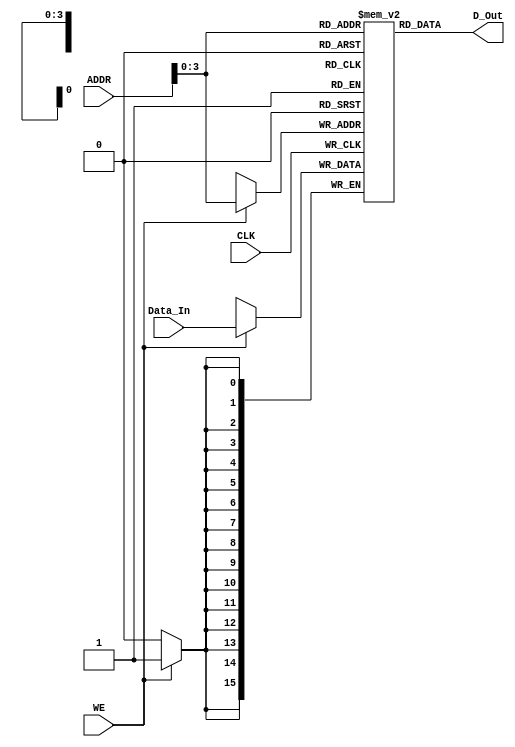
`timescale 1ns / 1ps
//////////////////////////////////////////////////////////////////////////////////
// Company: 
// Engineer: 
// 
// Design Name: 
// Module Name: RAM
// Project Name: 
// Target Devices: 
// Tool Versions: 
// Description: 
// 
// Dependencies: 
// 
// Revision:
// Revision 0.01 - File Created
// Additional Comments:
// 
//////////////////////////////////////////////////////////////////////////////////


module RAM(
    (* DONT_TOUCH = "TRUE" *) input CLK,
    (* DONT_TOUCH = "TRUE" *) input [15:0] Data_In,
    (* DONT_TOUCH = "TRUE" *) input [11:0] ADDR,
                              output [15:0] D_Out,
    (* DONT_TOUCH = "TRUE" *) input WE
    //(* DONT_TOUCH = "TRUE" *) input RE
    //output DDDDDZ
    );
    //reg [15:0] buffer;
    reg [15:0] memory[11:0];
    initial begin
        memory[4]<=19;
    end
    assign D_Out = memory[ADDR];
    always@(posedge CLK)
    begin
        
        if(WE==1)
        begin
            memory[ADDR]=Data_In;
        end
        else begin
            
        end
        /*
        if(RE==0)
        begin
            buffer = memory[ADDR];
        end
        */
    end          
    
endmodule